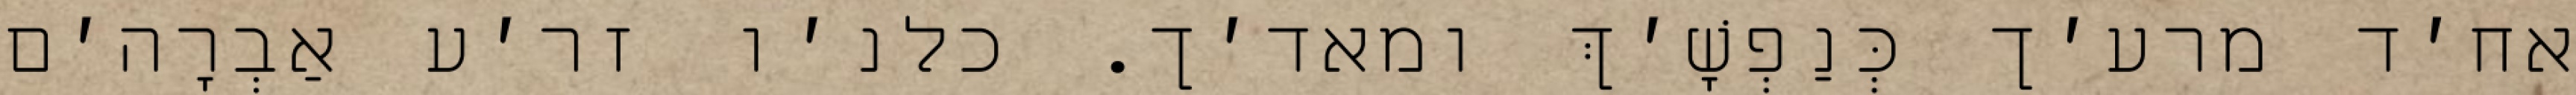
אח׳ד מרע׳ך כְּנַפְשָׁ׳ךְ ומאד׳ך. כלנ׳ו זר׳ע אַבְרָה׳ם